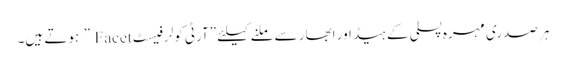
ہر صدری مہرہ پسلی کے ہیڈ اور ابھار سے ملنے کیلئے ”آرٹی کولر فیسٹ Facet ” ہوتے ہیں۔